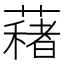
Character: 𦿀